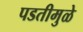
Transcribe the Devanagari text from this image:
पडतीमुळे